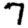
Digit: 7